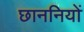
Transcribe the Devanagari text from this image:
छाननियों